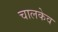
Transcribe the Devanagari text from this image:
चालकेव